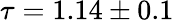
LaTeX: \tau=1.14\pm 0.1